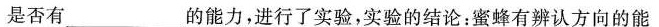
是否有___________的能力，进行了实验，实验的结论：蜜蜂有辨认方向的能